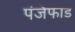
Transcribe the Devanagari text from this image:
पंजेफाड